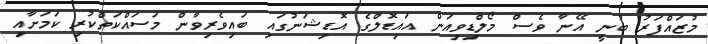
މުޒައްފަރު ބުނީ އޭނާ ވެސް މޯލްޑިވިއަން އައިޑޮލްގެ އޮޑިޝަނުގައި ބައިވެރިވާން މަސައްކަތްކުރި ކަމަށާއި